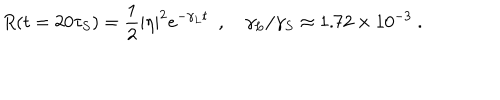
R ( t = 2 0 \tau _ { S } ) = { \frac { 1 } { 2 } } | \eta | ^ { 2 } e ^ { - \gamma _ { L } t } \enspace , \quad \gamma _ { L } / \gamma _ { S } \approx 1 . 7 2 \times 1 0 ^ { - 3 } \ .